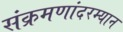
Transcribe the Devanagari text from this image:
संक्रमणांदरम्यान